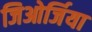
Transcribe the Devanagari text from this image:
जिओर्जिया